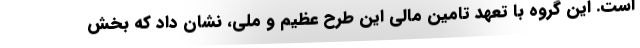
است. این گروه با تعهد تامین مالی این طرح عظیم و ملی، نشان داد که بخش